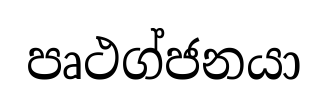
පෘථග්ජනයා